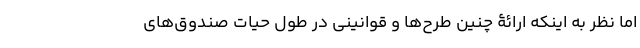
اما نظر به اینکه ارائۀ چنین طرح‌ها و قوانینی در طول حیات صندوق‌های